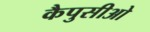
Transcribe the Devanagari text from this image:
कैपुसीओ